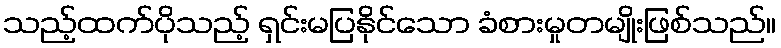
သည့်ထက်ပိုသည့် ရှင်းမပြနိုင်သော ခံစားမှုတမျိုးဖြစ်သည်။